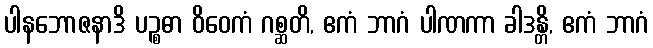
ပါနဘောဇနာဒိ ပဉ္စဓာ ဝိဝေကံ ဂစ္ဆတိ, ဧကံ ဘာဂံ ပါဏကာ ခါဒန္တိ, ဧကံ ဘာဂံ